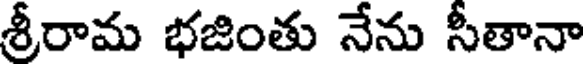
శ్రీరామ భజింతు నేను సీతానా